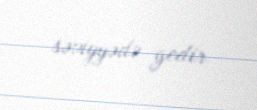
səviyyədə gedir.